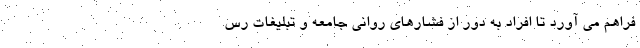
فراهم می آورد تا افراد به دور از فشارهای روانی جامعه و تبلیغات رس